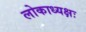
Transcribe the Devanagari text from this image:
लोकाध्यक्षः